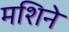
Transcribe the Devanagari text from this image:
मशिने